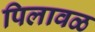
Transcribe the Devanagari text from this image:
पिलावळ